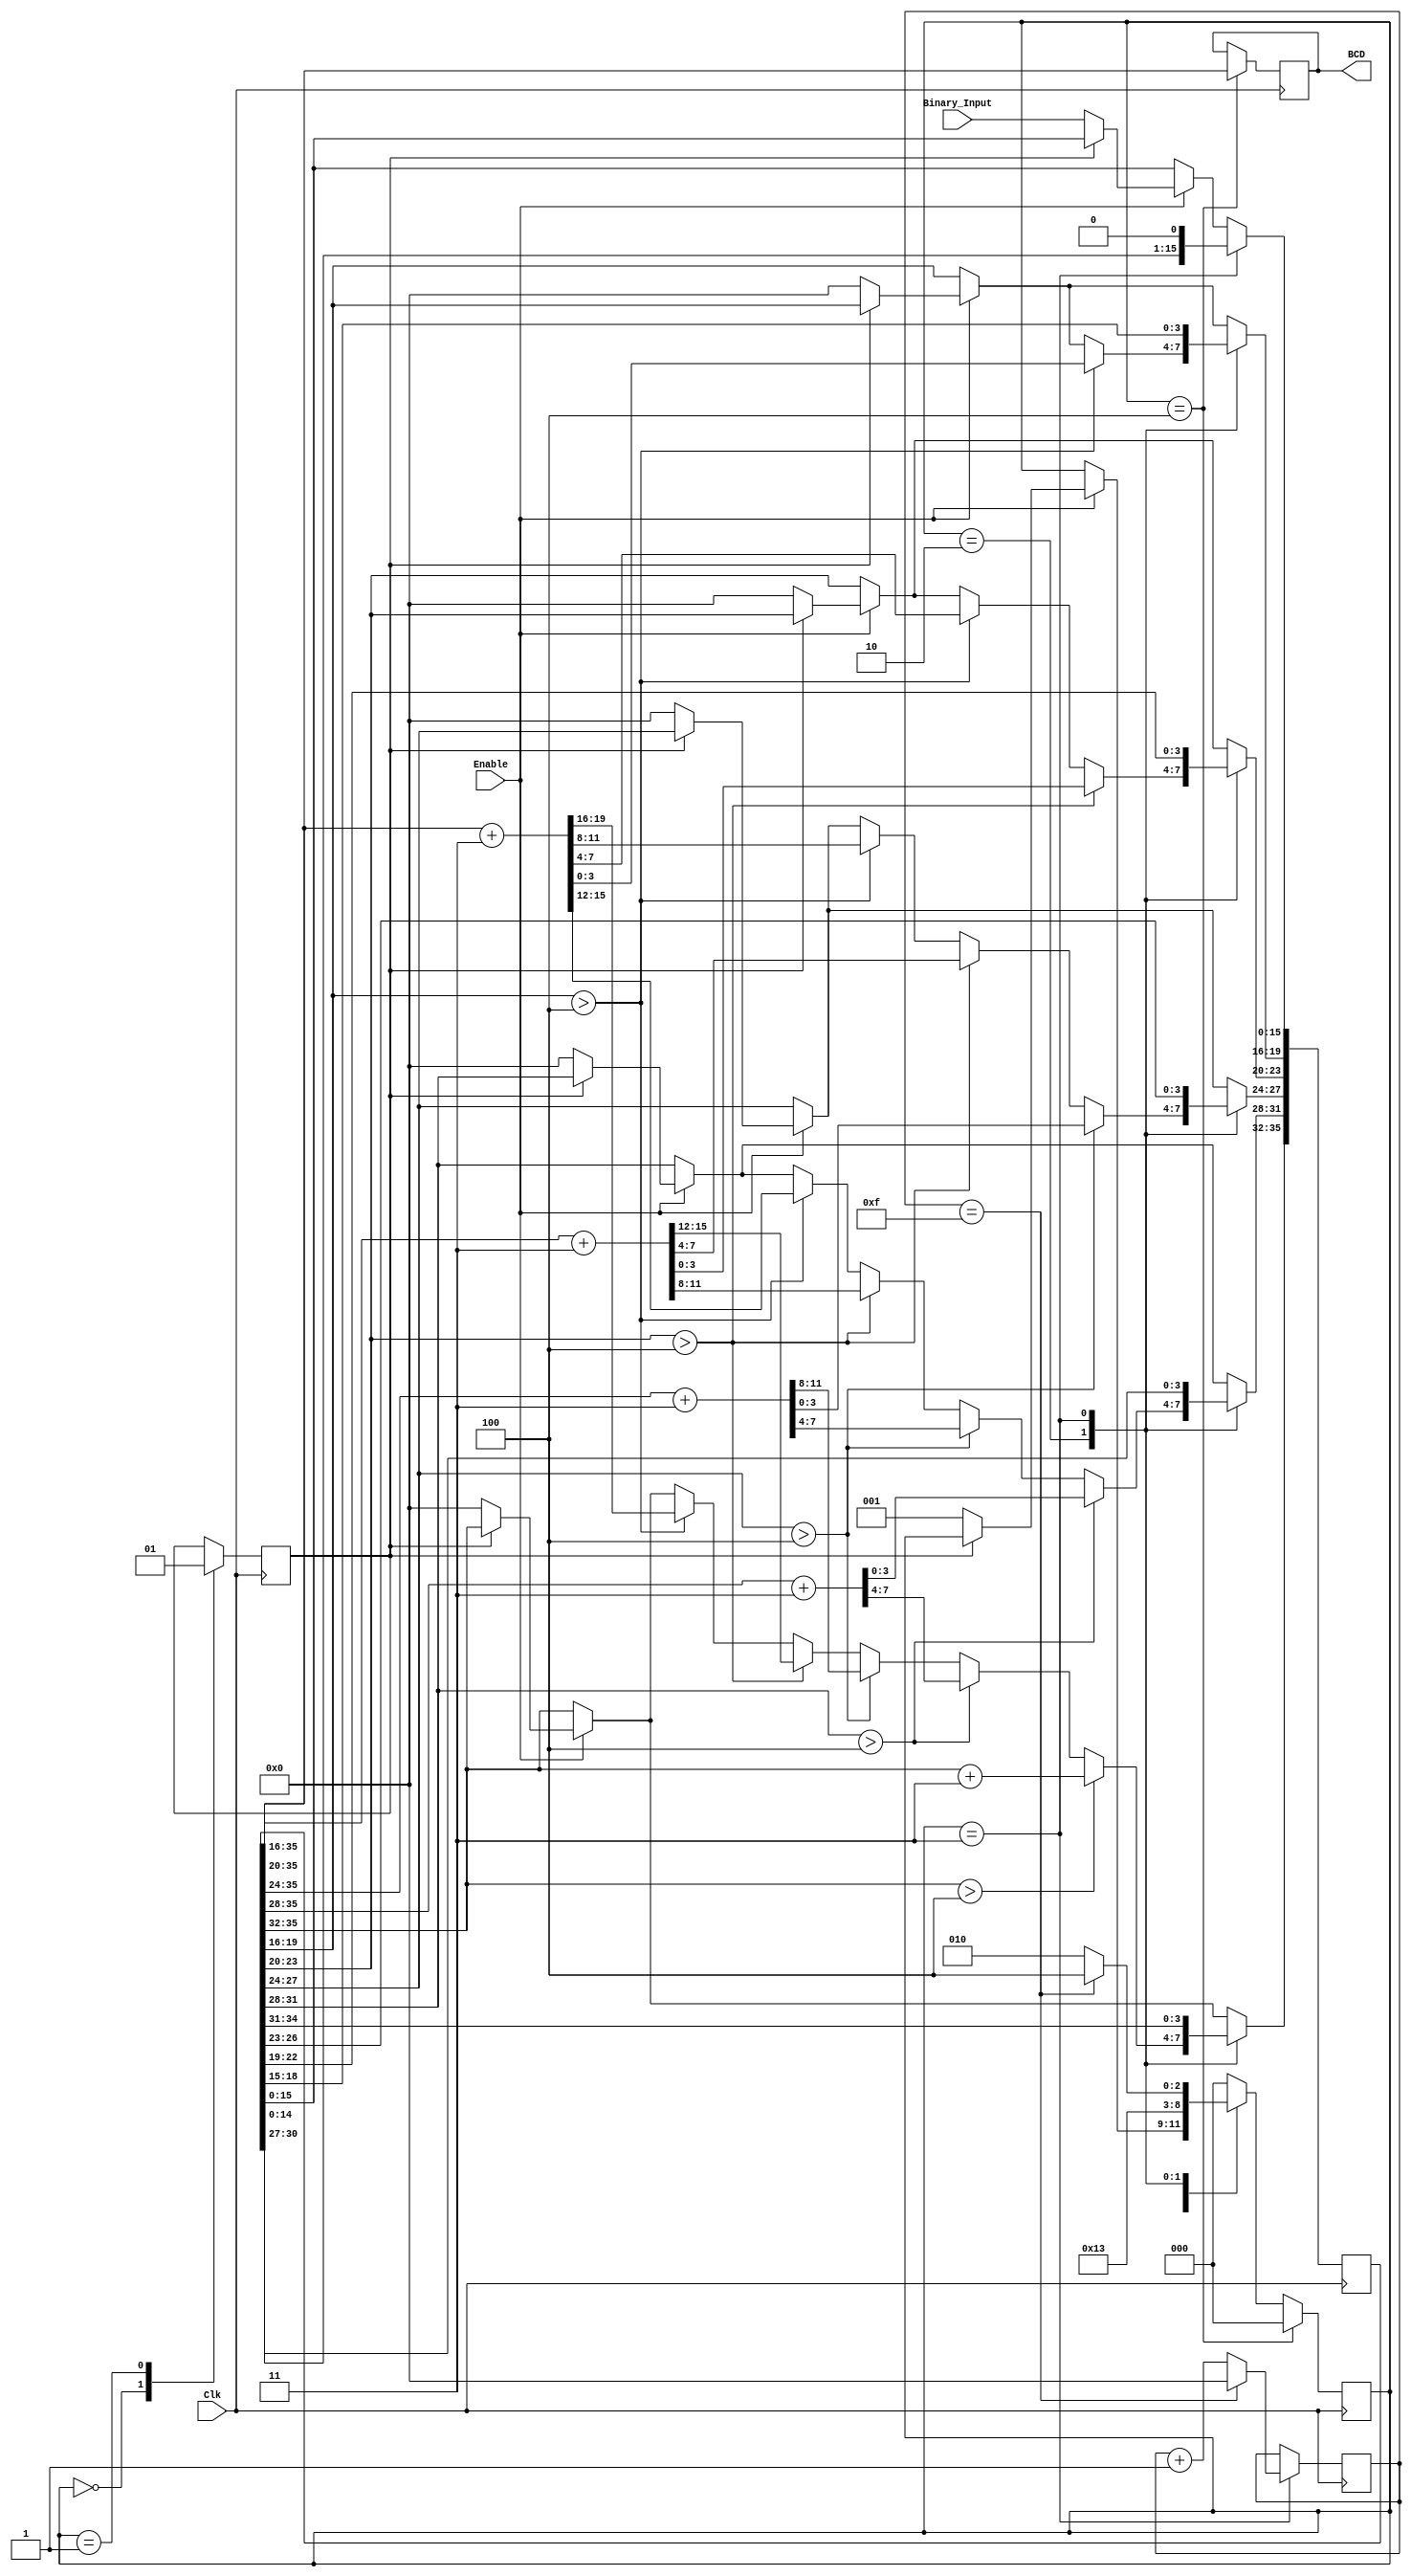
module Binary_to_BCD (
input Clk,
input  Enable,
input [15:0]Binary_Input,
output reg[19:0]BCD
);
parameter [2:0] IDEL = 3'b000, Setup = 3'b001,ADD = 3'b010,Shift = 3'b011, DONE = 3'b100;
//Registers
reg[35:0] bcd_data;
reg [2:0] state;
reg busy;
reg [3:0] counter;



always @(posedge Clk) begin
if(Enable) begin
    if(~busy) begin
    bcd_data <= {16'b0,Binary_Input}; //initlize first 16 to 0 and the other to the binary data entered.
    state <= Setup;// Move to next stage
    end
end
case(state)
//----------------------------
IDEL: begin // Begining State. State is free and ready for another 16 bit binary 
busy <= 0;
end
//----------------------------
Setup: begin
busy <= 1;
state <=ADD;
end
//----------------------------
ADD: begin
//---------------- Ones
if(bcd_data[19:16] > 4)
begin
bcd_data[35:16] <= bcd_data[35:16]+3;
end
//---------------- Tens
if(bcd_data[23:20] > 4)
begin
bcd_data[35:20] <= bcd_data[35:20]+3;
end
//---------------- Hundreds
if(bcd_data[27:24] > 4)
begin
bcd_data[35:24] <= bcd_data[35:24]+3;
end
//---------------- Thousands
if(bcd_data[31:28] > 4)
begin
bcd_data[35:28] <= bcd_data[35:28]+3;
end
//---------------- Ten Thousands
if(bcd_data[35:32] > 4)
begin
bcd_data[35:32] <= bcd_data[35:32]+3;
end
state <= Shift;
end
Shift: begin
counter <= counter+1;
bcd_data <= bcd_data <<1;
if(counter == 15) begin
counter <=0;
state <=DONE;
end
else begin
state <=ADD;
end
end
DONE: begin
state <= DONE;
end
default: begin
state <=IDEL;
end
endcase
if(state == DONE)begin
 BCD = bcd_data[35:16];  
 state<=IDEL;                
end
end
endmodule